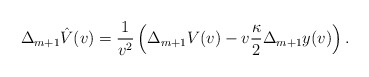
\begin{align*} \Delta_{m+1}\hat{V}(v)=\frac{1}{v^2}\left(\Delta_{m+1}V(v)-v\frac{\kappa}{2}\Delta_{m+1}y(v)\right).\end{align*}